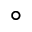
^ { \circ }